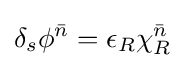
\delta _{s}\phi ^{\bar {n}}=\epsilon _{R}\chi _{R}^{\bar {n}}